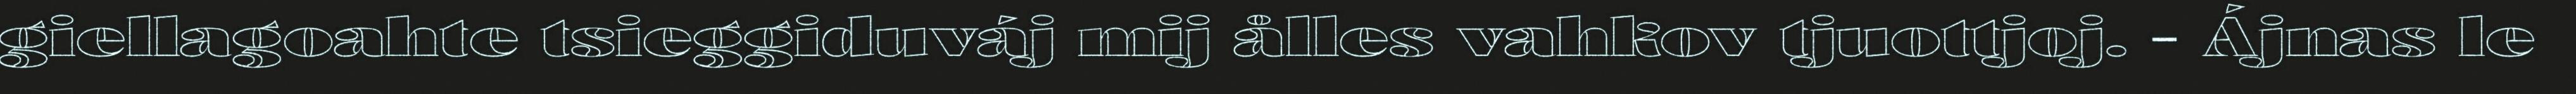
giellagoahte tsieggiduváj mij ålles vahkov tjuottjoj. - Ájnas le